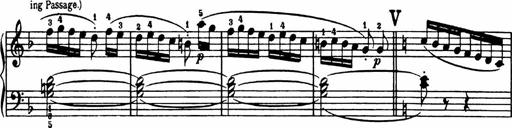
Title: Analytical Sonatinas
Composer: Frank Lynes